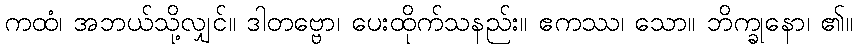
ကထံ၊ အဘယ်သို့လျှင်။ ဒါတဗ္ဗော၊ ပေးထိုက်သနည်း။ ဧကဿ၊ သော။ ဘိက္ခုနော၊ ၏။